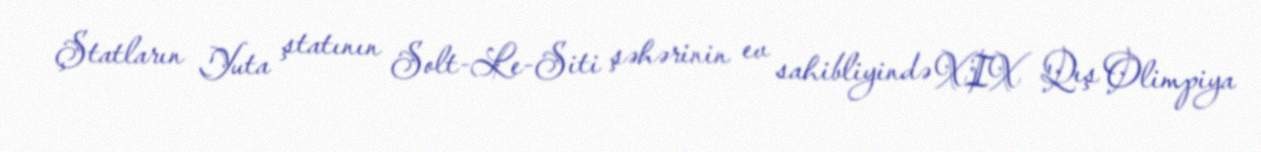
Ştatların Yuta ştatının Solt-Le-Siti şəhərinin ev sahibliyində XIX Qış Olimpiya